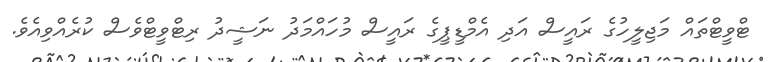
ޓްވީޓްތައް މަޖިލީހުގެ ރައީސް އަދި އެމްޑީޕީގެ ރައީސް މުހައްމަދު ނަޝީދު ރިޓްވީޓްވެސް ކުރެއްވިއެވެ.